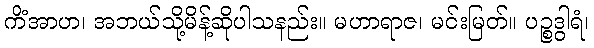
ကိံအာဟ၊ အဘယ်သို့မိန့်ဆိုပါသနည်း။ မဟာရာဇ၊ မင်းမြတ်။ ပဉ္စဒွါရံ၊